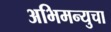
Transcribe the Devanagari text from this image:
अभिमन्युचा